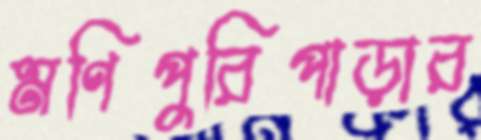
মণিপুরিপাড়ার